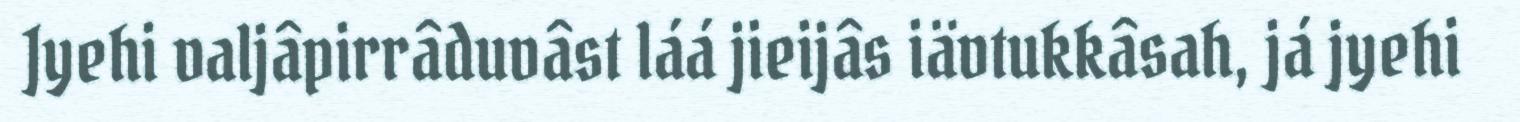
Jyehi valjâpirrâduvâst láá jieijâs iävtukkâsah, já jyehi